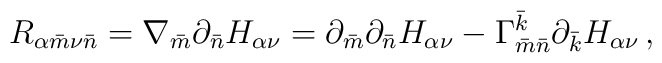
R_{\alpha{\bar m}\nu{\bar n}} = \nabla_{\bar m}\partial_{\bar n}H_{\alpha\nu}=\partial_{\bar m}\partial_{\bar n}H_{\alpha\nu}-\Gamma^{\bar{k}}_{\bar{m}\bar{n}}\partial_{\bar k}H_{\alpha\nu}\, ,